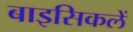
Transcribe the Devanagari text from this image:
बाइसिकलें